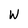
Character: W